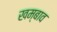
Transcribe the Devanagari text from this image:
खम्बाव